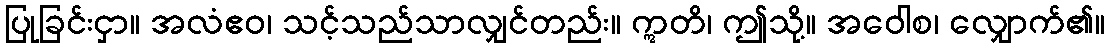
ပြုခြင်းငှာ။ အလံဧဝ၊ သင့်သည်သာလျှင်တည်း။ ဣတိ၊ ဤသို့။ အဝေါစ၊ လျှောက်၏။